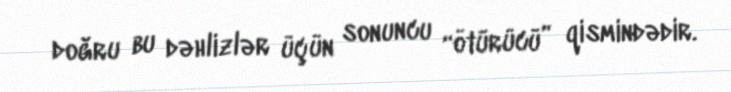
doğru bu dəhlizlər üçün sonuncu “ötürücü” qismindədir.